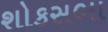
શોકસભા